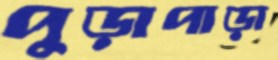
পুড়াপাড়া